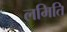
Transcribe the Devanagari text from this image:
लमिति